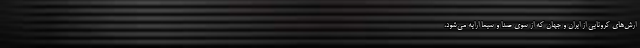
ارش‌های کرونایی از ایران و جهان که از سوی صدا و سیما ارایه می‌شود،